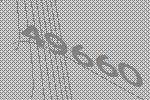
49660